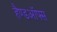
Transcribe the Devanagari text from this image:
हैण्डऑफ्स